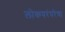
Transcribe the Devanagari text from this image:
लोकपरंपरेचा